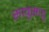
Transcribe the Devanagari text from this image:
सावुसावु